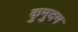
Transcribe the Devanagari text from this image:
कुमुदम